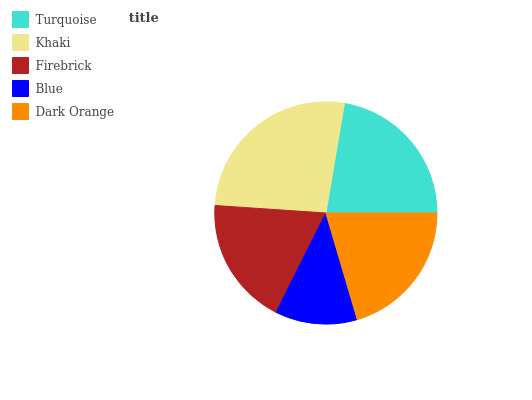
| Turquoise | Khaki | Firebrick | Blue | Dark Orange |
 | --- | --- | --- | --- | --- |
 | 22.3% | 26.6% | 18.7% | 12% | 20.4% |